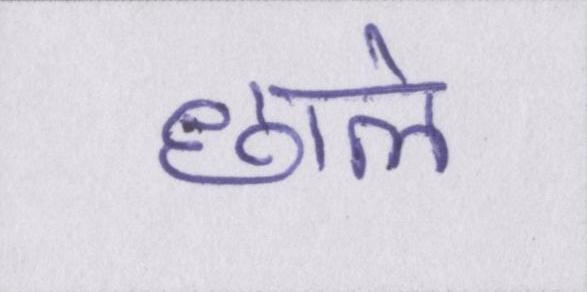
छाले